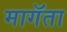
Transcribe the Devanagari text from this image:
मागॅता